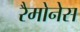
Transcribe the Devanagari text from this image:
रैमोनेस